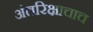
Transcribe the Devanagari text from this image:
अंतरिक्षाचाच